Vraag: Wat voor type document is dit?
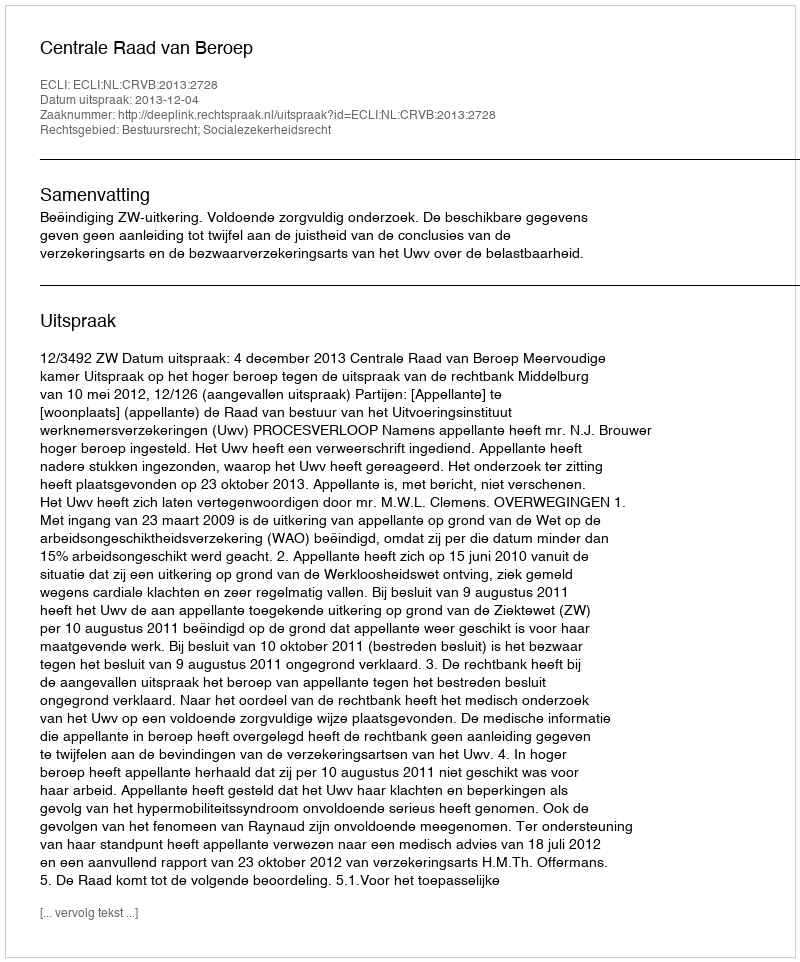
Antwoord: Uitspraak